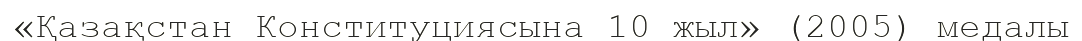
«Қазақстан Конституциясына 10 жыл» (2005) медалы